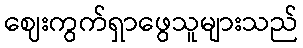
ဈေးကွက်ရှာဖွေသူများသည်